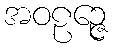
အဝဠဉ္ဇေ